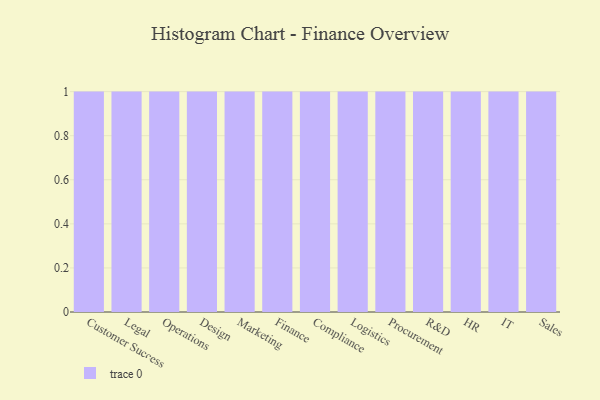
{"axis": {"x": "Department", "y": "Bounce Rate (%)"}, "legend": [""], "data": [{"x": "Customer Success", "y": 66, "type": ""}, {"x": "Legal", "y": 19, "type": ""}, {"x": "Operations", "y": 46, "type": ""}, {"x": "Design", "y": 100, "type": ""}, {"x": "Marketing", "y": 47, "type": ""}, {"x": "Finance", "y": 48, "type": ""}, {"x": "Compliance", "y": 92, "type": ""}, {"x": "Logistics", "y": 57, "type": ""}, {"x": "Procurement", "y": 21, "type": ""}, {"x": "R&D", "y": 15, "type": ""}, {"x": "HR", "y": 9, "type": ""}, {"x": "IT", "y": 52, "type": ""}, {"x": "Sales", "y": 5, "type": ""}]}